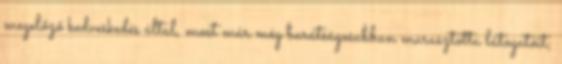
megelőző kedveskedés által, most már még barátságosabban marasztotta látogatóit;